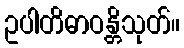
ဥပါတိဓာဝန္တိသုတ်။